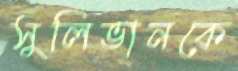
সুলিভানকে